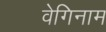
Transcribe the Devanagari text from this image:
वेगिनाम